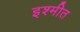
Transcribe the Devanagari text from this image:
इश्मीत